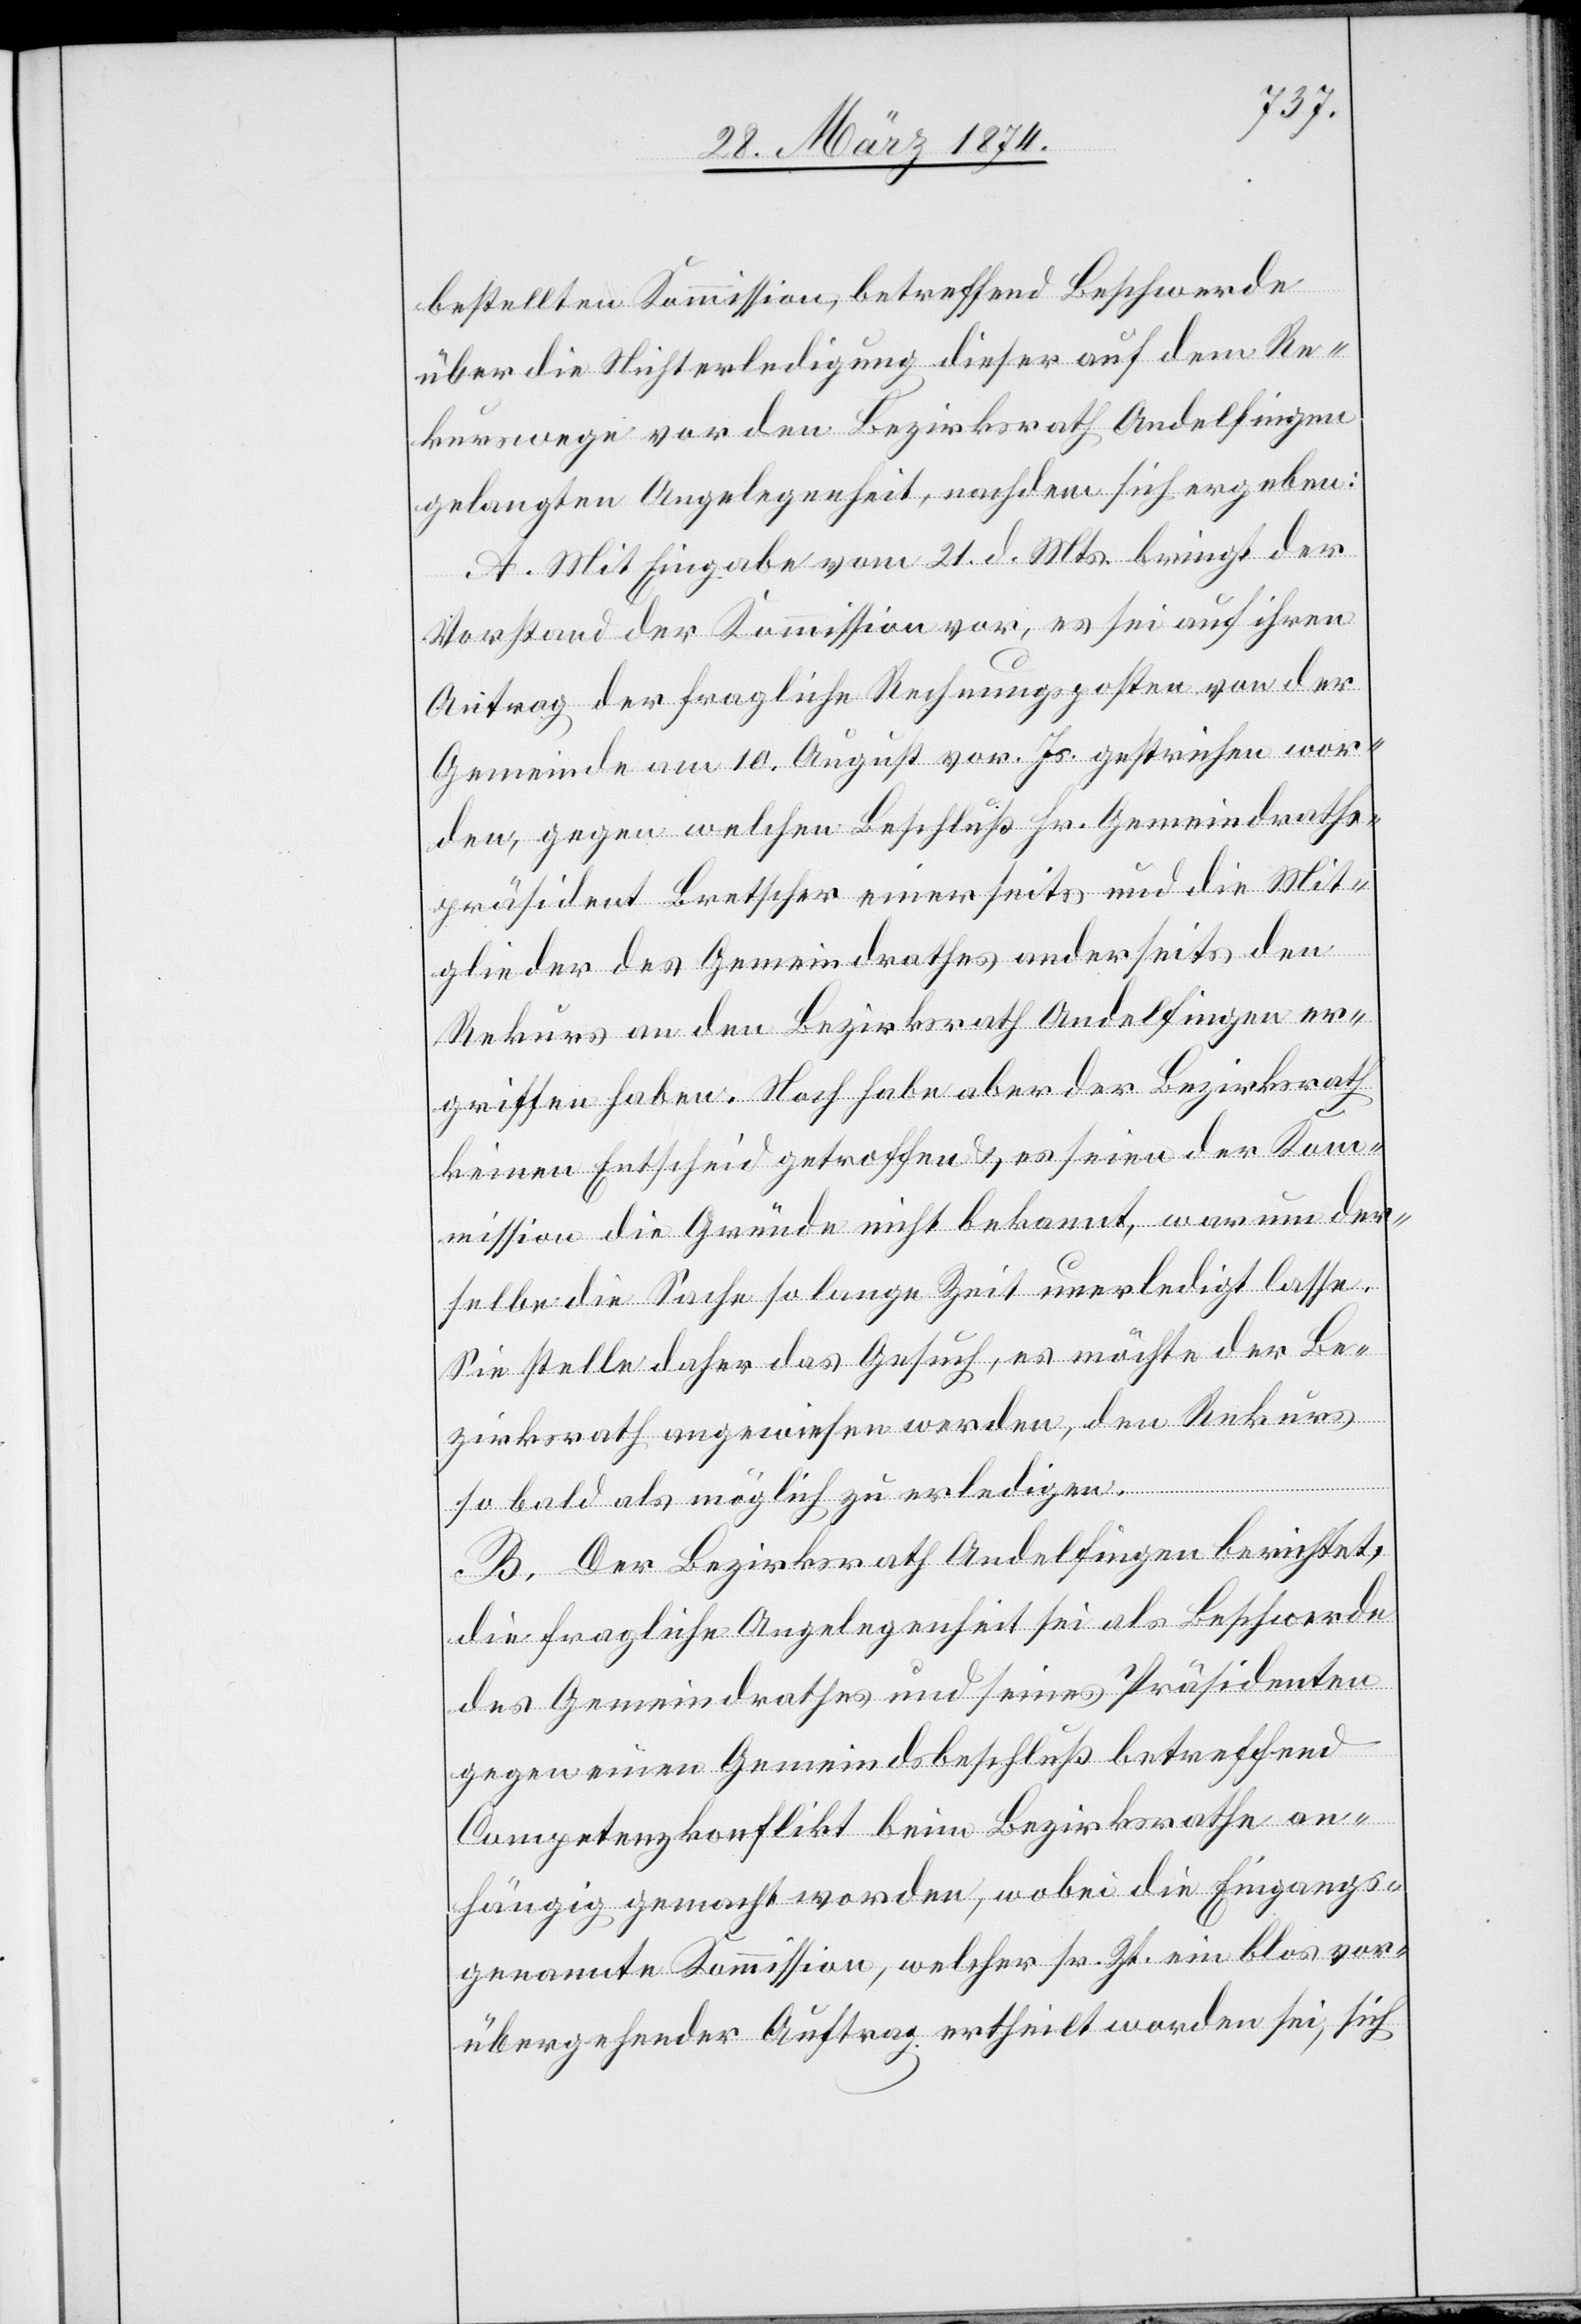
bestellten Kommission, betreffend Beschwerde
über die Nichterledigung dieser auf dem Re¬
kurswege vor den Bezirksrath Andelfingen
gelangten Angelegenheit, nachdem sich ergeben:
A. Mit Eingabe vom 21. d. Mts. bringt der
Vorstand der Kommission vor, es sei auf ihren
Antrag der fragliche Rechnungsposten von der
Gemeinde am 10. August vor. Js. gestrichen wor¬
den, gegen welchen Beschluß Hr. Gemeindraths¬
präsident Bretscher einerseits und die Mit¬
glieder des Gemeindrathes anderseits den
Rekurs an den Bezirksrath Andelfingen er¬
griffen haben. Noch habe aber der Bezirksrath
keinen Entscheid getroffen u. es seien der Kom¬
mission die Gründe nicht bekannt, warum der¬
selbe die Sache so lange Zeit unerledigt lasse.
Sie stelle daher das Gesuch, es möchte der Be¬
zirksrath angewiesen werden, den Rekurs
so bald als mögliche zu erledigen.
B. Der Bezirksrath Andelfingen berichtet,
die fragliche Angelegenheit sei als Beschwerde
des Gemeindrathes und seines Präsidenten
gegen einen Gemeindsbeschluß betreffend
Competenzkonflikt beim Bezirksrathe an¬
hängig gemacht worden, wobei die Eingangs¬
genannte Kommission, welcher sr. Zt. ein blos vor¬
übergehender Auftrag ertheilt worden sei, sich